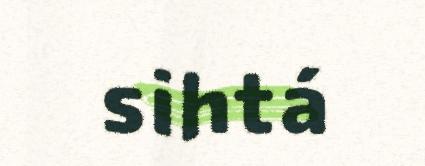
sihtá